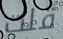
قلت